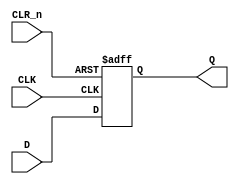
// This program was cloned from: https://github.com/RonnyA/nd-120
// License: MIT License

// 74273
// OCTAL D-TYPE FLIP-FLOP WITH CLEAR
//
// Documentation:  https://www.ti.com/lit/ds/symlink/sn54ls273-sp.pdf


module TTL_74273 (
    input wire CLK,        // Clock input
    input wire CLR_n,      // Active low clear input
    input wire [7:0] D,    // 8-bit data input
    output reg [7:0] Q     // 8-bit output
);

    // Flip-flop logic
    always @(posedge CLK or negedge CLR_n) begin
        if (!CLR_n) begin
            Q <= 8'b0;     // Reset output to 0 when clr_n is low
        end else begin
            Q <= D;        // Load data into flip-flops on rising edge of clk
        end
    end

endmodule